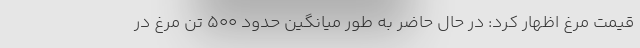
قیمت مرغ اظهار کرد: در حال حاضر به طور میانگین حدود ۵۰۰ تن مرغ در